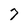
Character: 7